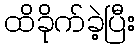
ထိခိုက်ခဲ့ပြီး